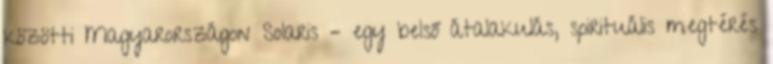
közötti Magyarországon Solaris – egy belső átalakulás, spirituális megtérés